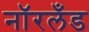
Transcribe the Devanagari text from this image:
नॉरलँड